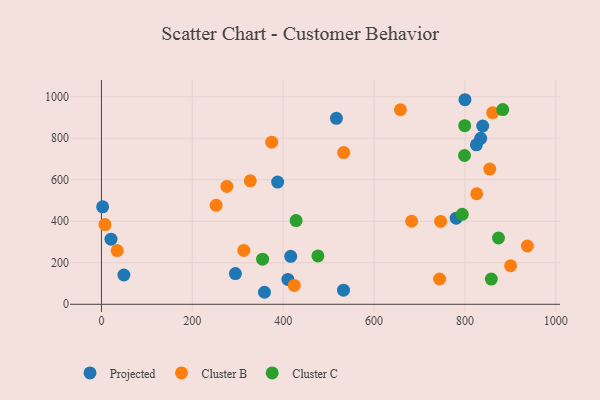
{"axis": {"x": "Experience", "y": "Demand"}, "legend": ["Cluster B", "Cluster C", "Projected"], "data": [{"x": "834.8", "y": 799.8, "type": "Projected"}, {"x": "387.8", "y": 589.0, "type": "Projected"}, {"x": "358.8", "y": 57.9, "type": "Projected"}, {"x": "780.8", "y": 414.8, "type": "Projected"}, {"x": "839.2", "y": 859.0, "type": "Projected"}, {"x": "2.6", "y": 469.7, "type": "Projected"}, {"x": "825.3", "y": 768.4, "type": "Projected"}, {"x": "49.4", "y": 141.2, "type": "Projected"}, {"x": "410.3", "y": 119.8, "type": "Projected"}, {"x": "416.6", "y": 231.1, "type": "Projected"}, {"x": "21.0", "y": 313.8, "type": "Projected"}, {"x": "532.8", "y": 68.2, "type": "Projected"}, {"x": "517.2", "y": 896.2, "type": "Projected"}, {"x": "294.9", "y": 147.8, "type": "Projected"}, {"x": "800.1", "y": 985.7, "type": "Projected"}, {"x": "658.1", "y": 937.3, "type": "Cluster B"}, {"x": "746.6", "y": 399.3, "type": "Cluster B"}, {"x": "533.1", "y": 731.1, "type": "Cluster B"}, {"x": "252.4", "y": 476.7, "type": "Cluster B"}, {"x": "861.1", "y": 923.5, "type": "Cluster B"}, {"x": "374.7", "y": 781.0, "type": "Cluster B"}, {"x": "682.8", "y": 400.1, "type": "Cluster B"}, {"x": "826.0", "y": 532.6, "type": "Cluster B"}, {"x": "900.6", "y": 185.6, "type": "Cluster B"}, {"x": "937.5", "y": 280.8, "type": "Cluster B"}, {"x": "313.3", "y": 259.5, "type": "Cluster B"}, {"x": "34.7", "y": 258.7, "type": "Cluster B"}, {"x": "854.7", "y": 651.3, "type": "Cluster B"}, {"x": "276.0", "y": 567.7, "type": "Cluster B"}, {"x": "424.4", "y": 91.0, "type": "Cluster B"}, {"x": "744.3", "y": 121.9, "type": "Cluster B"}, {"x": "327.6", "y": 595.0, "type": "Cluster B"}, {"x": "7.8", "y": 384.1, "type": "Cluster B"}, {"x": "883.2", "y": 938.0, "type": "Cluster C"}, {"x": "858.1", "y": 121.5, "type": "Cluster C"}, {"x": "428.4", "y": 403.3, "type": "Cluster C"}, {"x": "476.5", "y": 232.9, "type": "Cluster C"}, {"x": "799.6", "y": 860.5, "type": "Cluster C"}, {"x": "873.9", "y": 319.5, "type": "Cluster C"}, {"x": "794.2", "y": 433.6, "type": "Cluster C"}, {"x": "799.1", "y": 717.0, "type": "Cluster C"}, {"x": "354.7", "y": 217.6, "type": "Cluster C"}]}